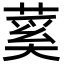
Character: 蒵